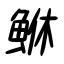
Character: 鮴